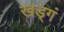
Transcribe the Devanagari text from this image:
खड्गं